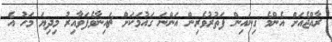
ރާއްޖެއަށް އެންމެ ގިނައިން ފަތުރުވެރިން އަންނަ ގައުމަކަށް ޗައިނާވެފަވާއިރު މިދިޔަ މަހު އެ